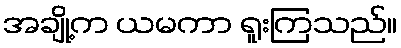
အချို့က ယမကာ ရူးကြသည်။